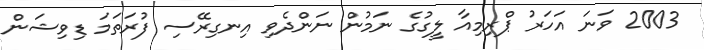
2003 ވަނަ އަހަރު ޕްރިމިއާ ލީގުގެ ނަމުން ނަންދެވި އިނގިރޭސި ފުރަތަމަ ޑިވިޝަން